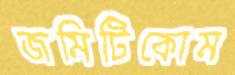
জমিটিকোম